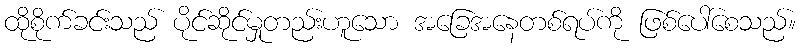
ထိုစိုက်ခင်းသည် ပိုင်ဆိုင်မှုတည်းဟူသော အခြေအနေတစ်ရပ်ကို ဖြစ်ပေါ်စေသည်။